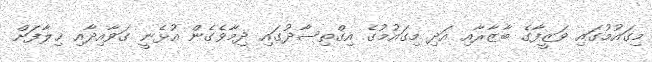
މިގައުމުގައި ވަޒީފާގެ ބާޒާރާއި އަދި މިގައުމުގެ އިގްތިސާދުގައި ދިމާވެގެން އުޅެނީ ގަވާއިދާއި ޚިލާފަށް